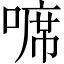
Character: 𠻊